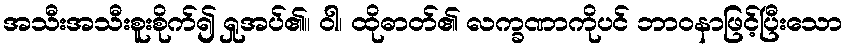
အသီးအသီးစူးစိုက်၍ ရှုအပ်၏။ ဝါ၊ ထိုဓာတ်၏ လက္ခဏာကိုပင် ဘာဝနာဖြင့်ပြီးသော